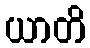
ယာတိ